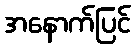
အနောက်ပြင်